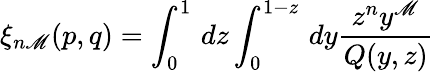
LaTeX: \xi_{n\mathscr{M}}(p,q)=\int_{0}^{1}\, dz\int_{0}^{1-z}\, dy{\frac{{z^{n}y^{\mathscr{M}}}}{{Q(y,z)}}}